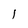
Character: 1